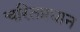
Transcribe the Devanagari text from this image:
चरितप्रधान